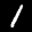
Label: 1